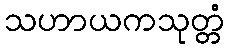
သဟာယကသုတ္တံ